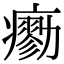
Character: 𤺼